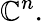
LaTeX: \mathbb{C}^{n}.